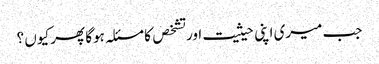
جب میری اپنی حیثیت اور تشخص کا مسئلہ ہوگا پھر کیوں ؟